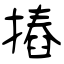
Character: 摏